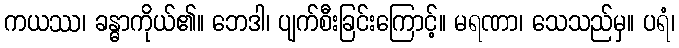
ကယဿ၊ ခန္ဓာကိုယ်၏။ ဘေဒါ၊ ပျက်စီးခြင်းကြောင့်။ မရဏာ၊ သေသည်မှ။ ပရံ၊